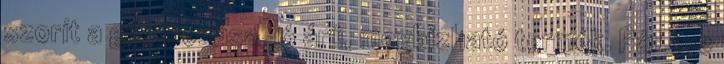
szorít a gumírozása, jó árú, megbízható termék. Pár éve